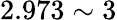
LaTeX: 2.973\sim 3